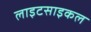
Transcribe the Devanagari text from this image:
लाइटसाइकल